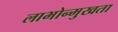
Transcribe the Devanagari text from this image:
लाभोन्मुखता